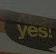
yes!